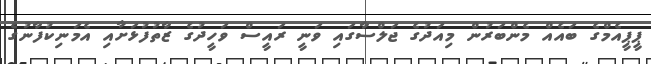
ޕީޕީއެމްގެ ބައެއް މެންބަރުން މިއަދުގެ ޖަލްސާގައި ވަނީ ރައީސް ވަހީދުގެ ޒާތުފުޅަށާއި އެމަނިކުފާނުގެ